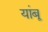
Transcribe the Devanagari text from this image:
यांबू